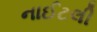
નાઈટલી